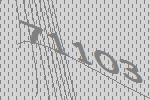
71103